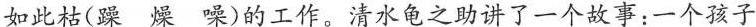
如此枯(躁 燥 噪)的工作。清水龟之助讲了一个故事：一个孩子